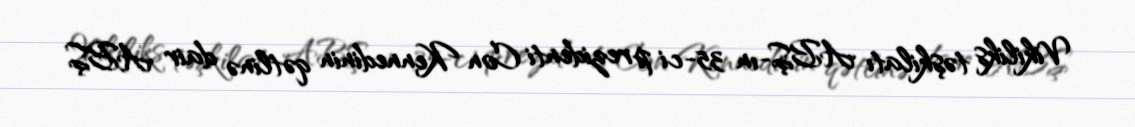
Vikiliks təşkilatı ABŞ-ın 35-ci prezidenti Con Kennedinin qətlinə dair ABŞ